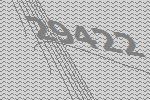
29422